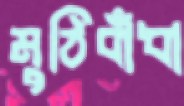
মুঠিবাঁধা